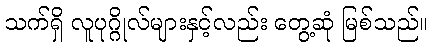
သက်ရှိ လူပုဂ္ဂိုလ်များနှင့်လည်း တွေ့ဆုံ မြစ်သည်။